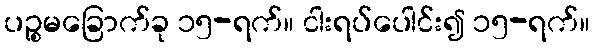
ပဉ္စမခြောက်ခု ၁၅-ရက်။ ငါးရပ်ပေါင်း၍ ၁၅-ရက်။